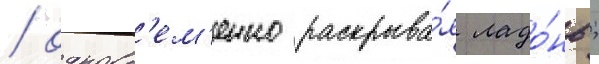
/ одновр'ем'енно раскрыва́я ладо́нь;